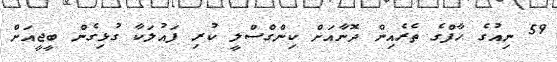
59 ނިއުގެ ހާފްގެ ތެރެއިން ދޮނާއަށް ކިންގްސްލީ ކުރި ފައުލަކާ ގުޅިގެން ބީޖީއަށް